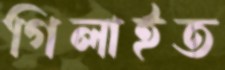
গিলাইত